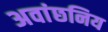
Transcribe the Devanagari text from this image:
अवांछनिय